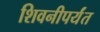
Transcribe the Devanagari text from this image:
शिवनीपर्यंत